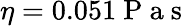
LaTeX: \eta=0.051\mathrm{~P~a~s~}